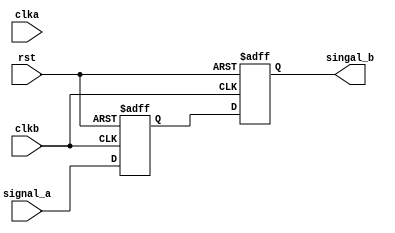
/////
module test(
    input rst,       // 
    input clka,     // a
    input clkb,     // b
    input signal_a, // a
    output singal_b // 
  );

  reg   signal_a_d1, signal_a_d2,signal_a_d3;
  wire  signal_a_pos,  signal_a_neg;

  assign  singal_b = signal_a_d2;
  assign  signal_a_pos = signal_a_d2 & (~signal_a_d3);  //
  assign  signal_a_neg = (~signal_a_d2) & signal_a_d3; // 

  always @ (posedge clkb or negedge rst)
  begin    // 
    if(~rst)
    begin
      signal_a_d1 <= 1'd0;
      signal_a_d2 <= 1'd0;
      signal_a_d3 <= 1'd0;
    end
    else
    begin
      signal_a_d1 <=signal_a;
      signal_a_d2 <= signal_a_d1;
      signal_a_d3 <= signal_a_d2;
    end
  end

endmodule

/* ////
module test(
    input rst,       // 
    input clka,     // a
    input clkb,     // b
    input signal_a, // a
    output singal_b // 
  );
 
  reg  [2:0] signal_a_d;
  wire  signal_a_pos,  signal_a_neg;
 
 
  assign  singal_b = signal_a_d[1];
  assign  signal_a_pos = signal_a_d[1] & (~signal_a_d[2]);  //
  assign  signal_a_neg = (~signal_a_d[1]) & signal_a_d[2]; // 
 
  always @ (posedge clkb or negedge rst)
  begin    // 
    if(~rst)
    begin
      signal_a_d <= 0;
    end
    else
    begin
      signal_a_d <= {signal_a_d[1:0],signal_a};
    end
  end
endmodule  */